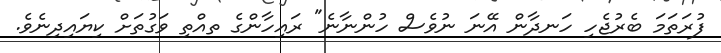
ފުރަތަމަ ބެރުޖެހި ހަނދާން އޭނަ ނުވެސް ހުންނާނެ" ރައިހާންގެ ތއްތި ވަގުތަށް ކިޔައިދިނެވެ.